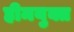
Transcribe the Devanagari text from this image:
हीमयुक्त